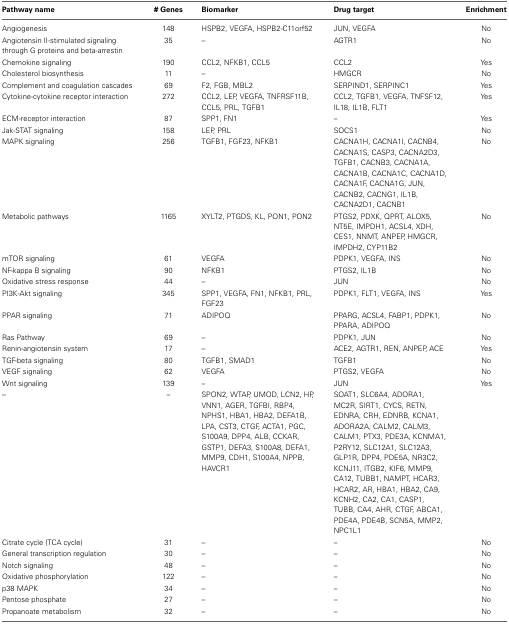
<table><thead><tr><td><b>Pathway name</b></td><td><b># Genes</b></td><td><b>Biomarker</b></td><td><b>Drug target</b></td><td><b>Enrichment</b></td></tr></thead><tbody><tr><td>Angiogenesis</td><td>148</td><td>HSPB2, VEGFA, HSPB2-C11orf52</td><td>JUN, VEGFA</td><td>No</td></tr><tr><td>Angiotensin II-stimulated signaling through G proteins and beta-arrestin</td><td>35</td><td>–</td><td>AGTR1</td><td>No</td></tr><tr><td>Chemokine signaling</td><td>190</td><td>CCL2, NFKB1, CCL5</td><td>CCL2</td><td>Yes</td></tr><tr><td>Cholesterol biosynthesis</td><td>11</td><td>–</td><td>HMGCR</td><td>No</td></tr><tr><td>Complement and coagulation cascades</td><td>69</td><td>F2, FGB, MBL2</td><td>SERPIND1, SERPINC1</td><td>Yes</td></tr><tr><td>Cytokine-cytokine receptor interaction</td><td>272</td><td>CCL2, LEP, VEGFA, TNFRSF11B, CCL5, PRL, TGFB1</td><td>CCL2, TGFB1, VEGFA, TNFSF12, IL18, IL1B, FLT1</td><td>Yes</td></tr><tr><td>ECM-receptor interaction</td><td>87</td><td>SPP1, FN1</td><td>–</td><td>Yes</td></tr><tr><td>Jak-STAT signaling</td><td>158</td><td>LEP, PRL</td><td>SOCS1</td><td>No</td></tr><tr><td>MAPK signaling</td><td>256</td><td>TGFB1, FGF23, NFKB1</td><td>CACNA1H, CACNA1I, CACNB4, CACNA1S, CASP3, CACNA2D3, TGFB1, CACNB3, CACNA1A, CACNA1B, CACNA1C, CACNA1D, CACNA1F, CACNA1G, JUN, CACNB2, CACNG1, IL1B, CACNA2D1, CACNB1</td><td>No</td></tr><tr><td>Metabolic pathways</td><td>1165</td><td>XYLT2, PTGDS, KL, PON1, PON2</td><td>PTGS2, PDXK, QPRT, ALOX5, NT5E, IMPDH1, ACSL4, XDH, CES1, NNMT, ANPEP, HMGCR, IMPDH2, CYP11B2</td><td>No</td></tr><tr><td>mTOR signaling</td><td>61</td><td>VEGFA</td><td>PDPK1, VEGFA, INS</td><td>No</td></tr><tr><td>NF-kappa B signaling</td><td>90</td><td>NFKB1</td><td>PTGS2, IL1B</td><td>No</td></tr><tr><td>Oxidative stress response</td><td>44</td><td>–</td><td>JUN</td><td>No</td></tr><tr><td>PI3K-Akt signaling</td><td>345</td><td>SPP1, VEGFA, FN1, NFKB1, PRL, FGF23</td><td>PDPK1, FLT1, VEGFA, INS</td><td>Yes</td></tr><tr><td>PPAR signaling</td><td>71</td><td>ADIPOQ</td><td>PPARG, ACSL4, FABP1, PDPK1, PPARA, ADIPOQ</td><td>No</td></tr><tr><td>Ras Pathway</td><td>69</td><td>–</td><td>PDPK1, JUN</td><td>No</td></tr><tr><td>Renin-angiotensin system</td><td>17</td><td>–</td><td>ACE2, AGTR1, REN, ANPEP, ACE</td><td>Yes</td></tr><tr><td>TGF-beta signaling</td><td>80</td><td>TGFB1, SMAD1</td><td>TGFB1</td><td>No</td></tr><tr><td>VEGF signaling</td><td>62</td><td>VEGFA</td><td>PTGS2, VEGFA</td><td>No</td></tr><tr><td>Wnt signaling</td><td>139</td><td>–</td><td>JUN</td><td>Yes</td></tr><tr><td>–</td><td>–</td><td>SPON2, WTAP, UMOD, LCN2, HP, VNN1, AGER, TGFBI, RBP4, NPHS1, HBA1, HBA2, DEFA1B, LPA, CST3, CTGF, ACTA1, PGC, S100A9, DPP4, ALB, CCKAR, GSTP1, DEFA3, S100A8, DEFA1, MMP9, CDH1, S100A4, NPPB, HAVCR1</td><td>SOAT1, SLC6A4, ADORA1, MC2R, SIRT1, CYCS, RETN, EDNRA, CRH, EDNRB, KCNA1, ADORA2A, CALM2, CALM3, CALM1, PTX3, PDE3A, KCNMA1, P2RY12, SLC12A1, SLC12A3, GLP1R, DPP4, PDE5A, NR3C2, KCNJ11, ITGB2, KIF6, MMP9, CA12, TUBB1, NAMPT, HCAR3, HCAR2, AR, HBA1, HBA2, CA9, KCNH2, CA2, CA1, CASP1, TUBB, CA4, AHR, CTGF, ABCA1, PDE4A, PDE4B, SCN5A, MMP2, NPC1L1</td><td>[EMPTY_CELL]</td></tr><tr><td>Citrate cycle (TCA cycle)</td><td>31</td><td>–</td><td>–</td><td>No</td></tr><tr><td>General transcription regulation</td><td>30</td><td>–</td><td>–</td><td>No</td></tr><tr><td>Notch signaling</td><td>48</td><td>–</td><td>–</td><td>No</td></tr><tr><td>Oxidative phosphorylation</td><td>122</td><td>–</td><td>–</td><td>No</td></tr><tr><td>p38 MAPK</td><td>34</td><td>–</td><td>–</td><td>No</td></tr><tr><td>Pentose phosphate</td><td>27</td><td>–</td><td>–</td><td>No</td></tr><tr><td>Propanoate metabolism</td><td>32</td><td>–</td><td>–</td><td>No</td></tr></tbody></table>